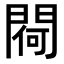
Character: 𨵅